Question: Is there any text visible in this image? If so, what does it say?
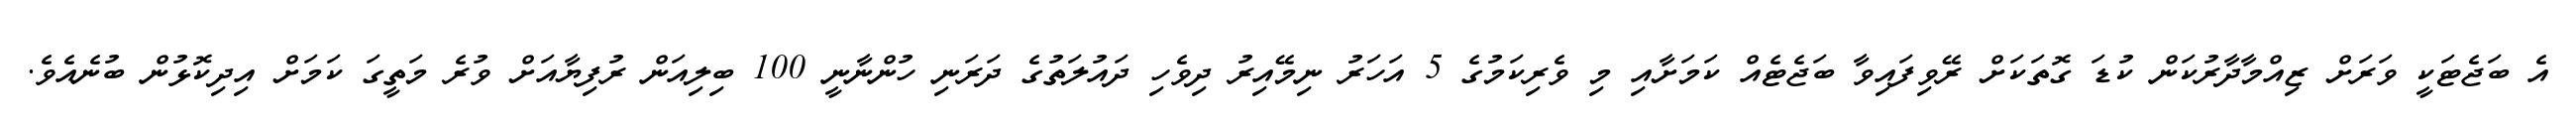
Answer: އެ ބަޖެޓަކީ ވަރަށް ޒިއްމާދާރުކަން ކުޑަ ގޮތަކަށް ރޭވިފައިވާ ބަޖެޓެއް ކަމަށާއި މި ވެރިކަމުގެ 5 އަހަރު ނިމޭއިރު ދިވެހި ދައުލަތުގެ ދަރަނި ހުންނާނީ 100 ބިލިއަން ރުފިޔާއަށް ވުރެ މަތީގަ ކަމަށް އިދިކޮޅުން ބުނެއެވެ.